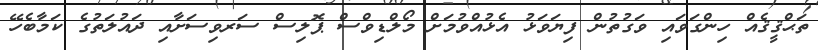
ތަޙްޤީޤެއް ހިންގަވައި ވަގުތުން ފިޔަވަޅު އެޅުއްވުމަށް މޯލްޑިވްސް ޕޮލިސް ސަރވިސަށާއި ދައުލަތުގެ ކަމާބެހޭ